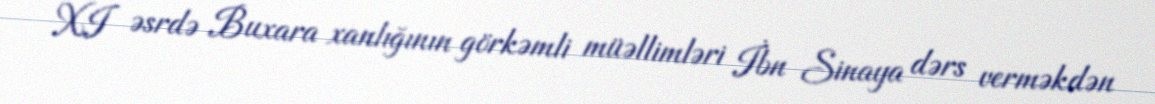
XI əsrdə Buxara xanlığının görkəmli müəllimləri İbn Sinaya dərs verməkdən